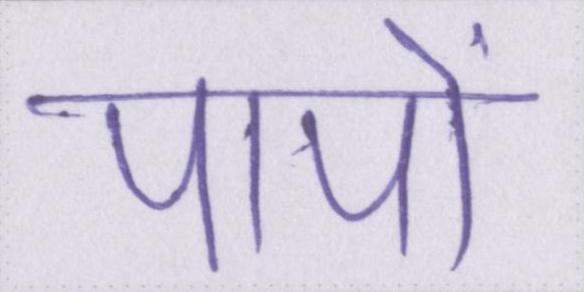
पापों